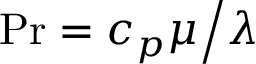
\operatorname* { P r } = { { { c _ { p } } \mu } \mathord { \left/ { \vphantom { { { c _ { p } } \mu } \lambda } } \right. \kern - \nulldelimiterspace } \lambda }